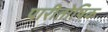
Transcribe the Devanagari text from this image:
पारीतोषिक